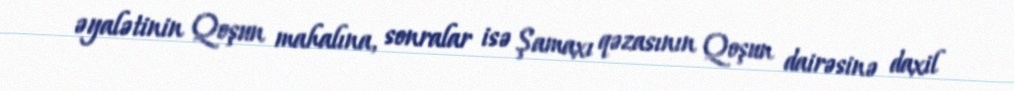
əyalətinin Qoşun mahalına, sonralar isə Şamaxı qəzasının Qoşun dairəsinə daxil